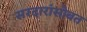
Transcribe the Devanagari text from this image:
सरदारांसोबत